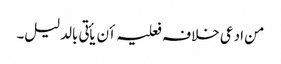
من ادعی خلافہ فعلیہ أن یأتی بالدلیل۔